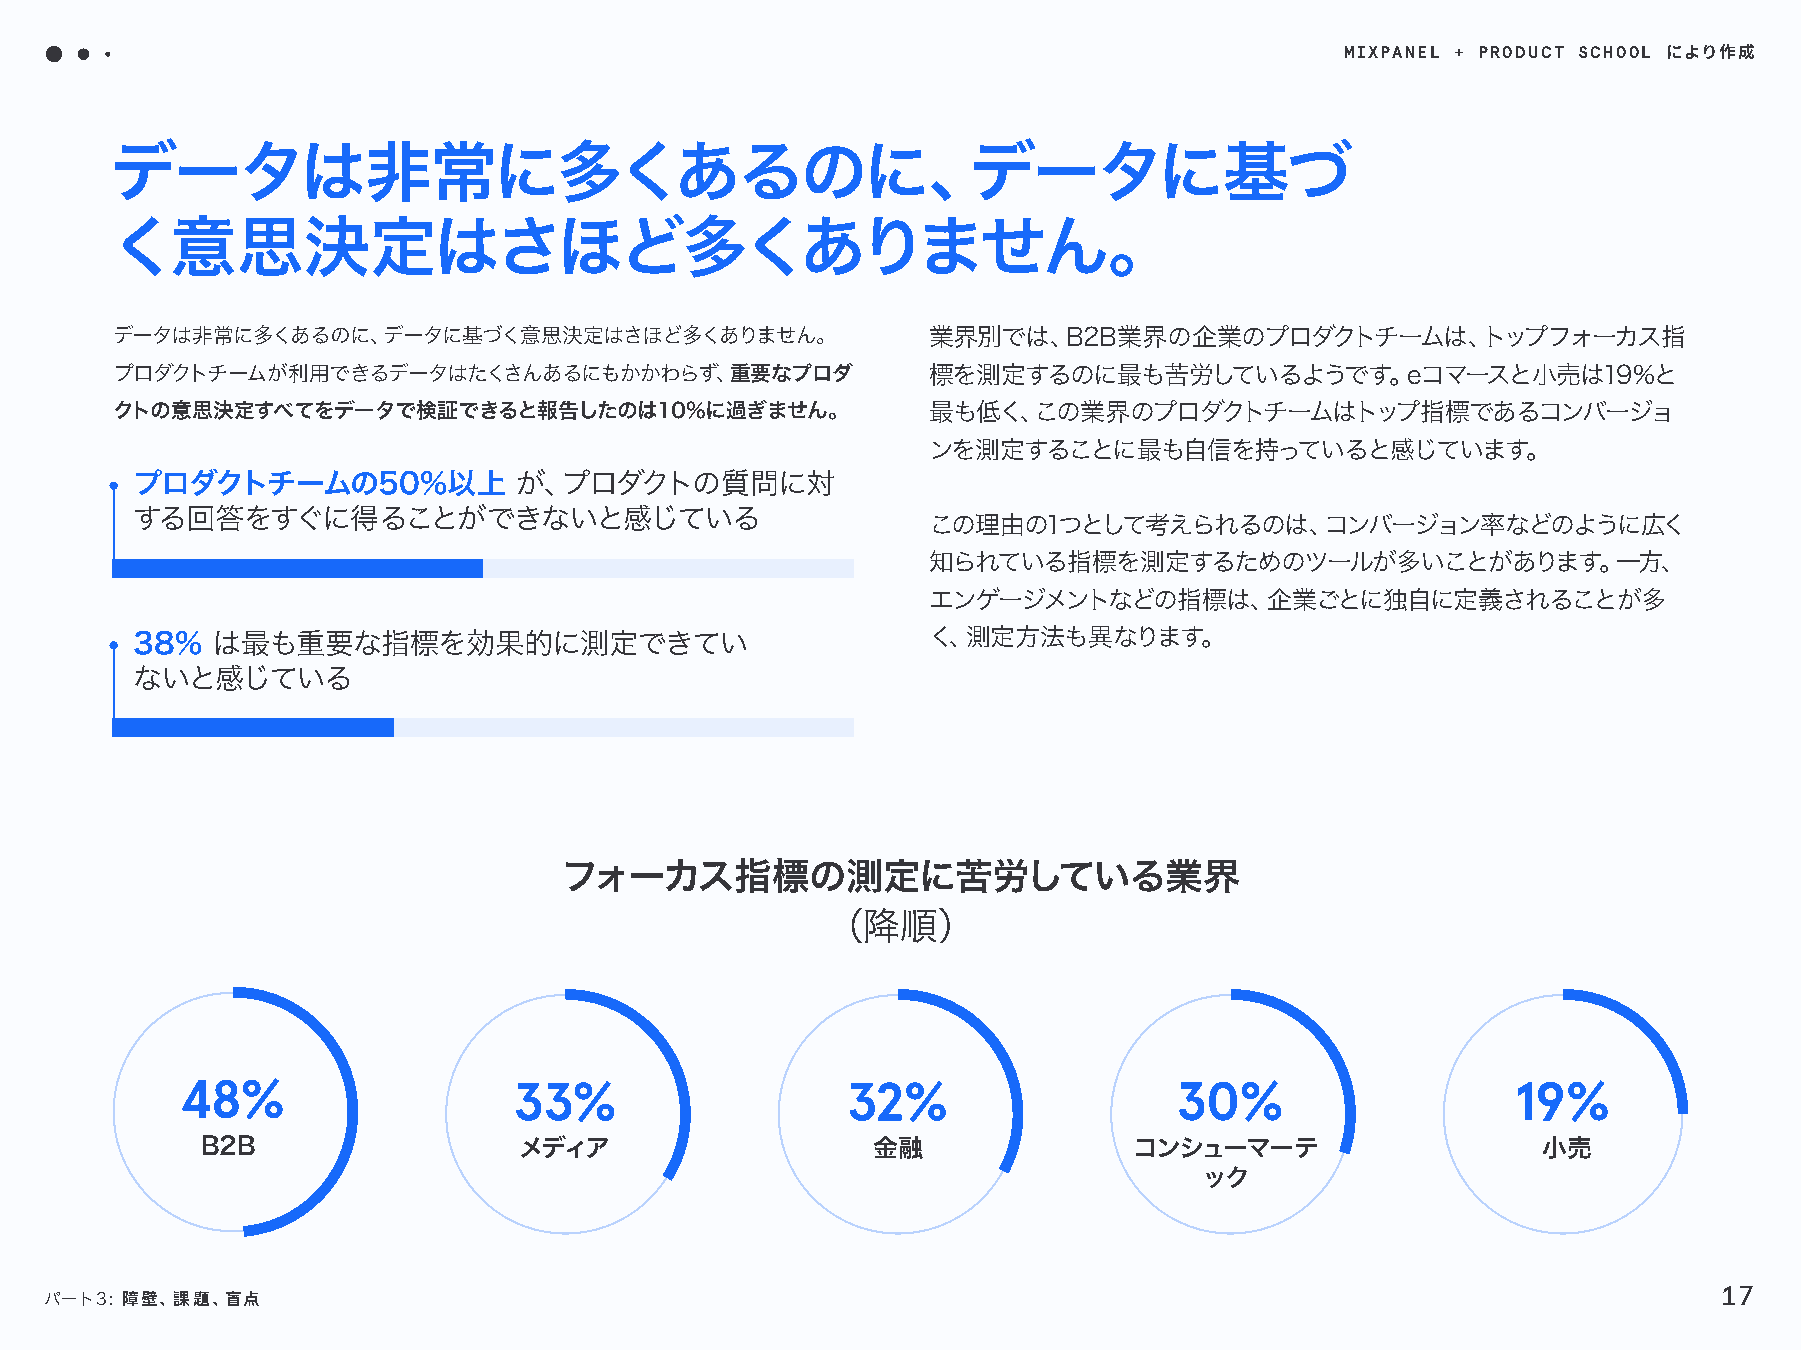
MIXPANEL + PRODUCT SCHOOL
 により作成
 データは非常に多くあるのに、データに基づ
 く意思決定はさほど多くありません。
 データは非常に多くあるのに、データに基づく意思決定はさほど多くありません。                 業界別では、B2B業界の企業のプロダクトチームは、トップフォーカス指
 プロダクトチームが利用できるデータはたくさんあるにもかかわらず、重要なプロダ                標を測定するのに最も苦労しているようです。eコマースと小売は19%と
 クトの意思決定すべてをデータで検証できると報告したのは10%に過ぎません。                 最も低く、この業界のプロダクトチームはトップ指標であるコンバージョ
 ンを測定することに最も自信を持っていると感じています。
 プロダクトチームの50%以上           が、プロダクトの質問に対
 する回答をすぐに得ることができないと感じている
 この理由の1つとして考えられるのは、コンバージョン率などのように広く
 知られている指標を測定するためのツールが多いことがあります。一方、
 エンゲージメントなどの指標は、企業ごとに独自に定義されることが多
 38%  は最も重要な指標を効果的に測定できてい                            く、測定方法も異なります。
 ないと感じている
 フォーカス指標の測定に苦労している業界
 （降順）
 48%                   33%                   32%                   30%                   19%
 B2B                  メディア                    金融               コンシューマーテ                   小売
 ック
 17
 パート3: 障壁、課題、盲点
 プロダクトアナリティクスの現況